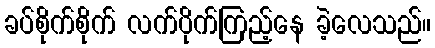
ခပ်စိုက်စိုက် လက်ပိုက်ကြည့်နေ ခဲ့လေသည်။